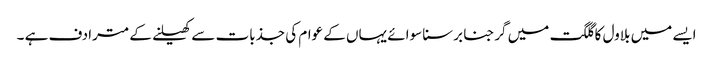
ایسے میں بلاول کا گلگت میں گرجنا برسنا سوائے یہاں کے عوام کی جذبات سے کھیلنے کے مترادف ہے ۔